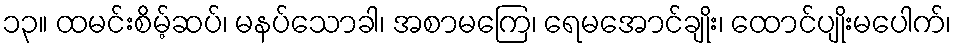
၁၃။ ထမင်းစိမ့်ဆပ်၊ မနပ်သောခါ၊ အစာမကြေ၊ ရေမအောင်ချိုး၊ ထောင်ပျိုးမပေါက်၊